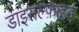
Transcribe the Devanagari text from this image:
डाइसल्फ़ाइ़ड